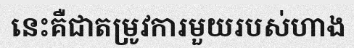
នេះគឺជាតម្រូវការមួយរបស់ហាង